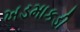
ખડમાકડી